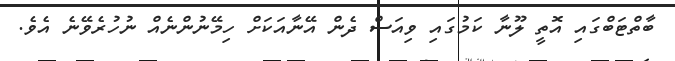
ބާތްޓަބްގައި އޮތީ ލޫނާ ކަމުގައި ވިއަސް ދެން އޭނާއަކަށް ހިމޭނުންނެއް ނުހުރެވޭނެ އެވެ.